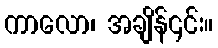
ကာလော၊ အချိန်၎င်း။